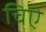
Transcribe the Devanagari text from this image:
चिऐ